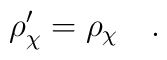
\rho'_{\chi} =  \rho_{\chi}   \quad .